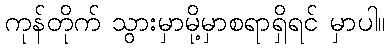
ကုန်တိုက် သွားမှာမို့မှာစရာရှိရင် မှာပါ။